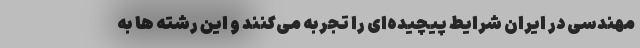
مهندسی در ایران شرایط پیچیده‌ای را تجربه می‌کنند و این رشته ها به